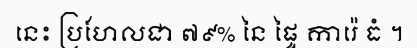
នេះ ប្រហែលជា ៧៩% នៃ ផ្ទៃ ការ៉េ ធំ ។